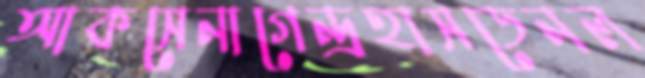
আকসেনাগেন্দ্রহাসডেনল